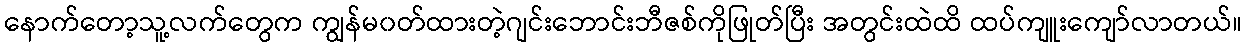
နောက်တော့သူ့လက်တွေက ကျွန်မ၀တ်ထားတဲ့ဂျင်းဘောင်းဘီဇစ်ကိုဖြုတ်ပြီး အတွင်းထဲထိ ထပ်ကျူးကျော်လာတယ်။